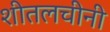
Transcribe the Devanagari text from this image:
शीतलचीनी